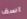
اسف